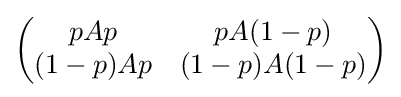
{\textstyle {\begin{pmatrix}pAp&pA(1-p)\\(1-p)Ap&(1-p)A(1-p)\end{pmatrix}}}